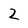
Character: 2